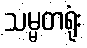
သမ္မတရုံး